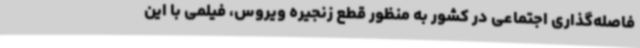
فاصله‌گذاری اجتماعی در کشور به منظور قطع زنجیره ویروس، فیلمی با این